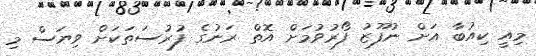
މިއީ ކިއުބާ އަށް ނުފޫޒު ފޯރުވުމަށް އޮތް ރަނުގެ ފުރުސަތަކަށް ވިޔަސް މި